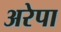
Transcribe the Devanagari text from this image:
अरेपा